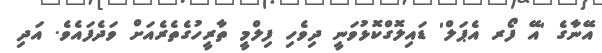
އޭނާގެ 'އޭ ފޯރ އެޕަލް' ޑައިލޮގްކޮޅުވަނީ ދިވެހި ފިލްމީ ތާރީހުގެތެރެއަށް ވަދެފައެވެ. އަދި